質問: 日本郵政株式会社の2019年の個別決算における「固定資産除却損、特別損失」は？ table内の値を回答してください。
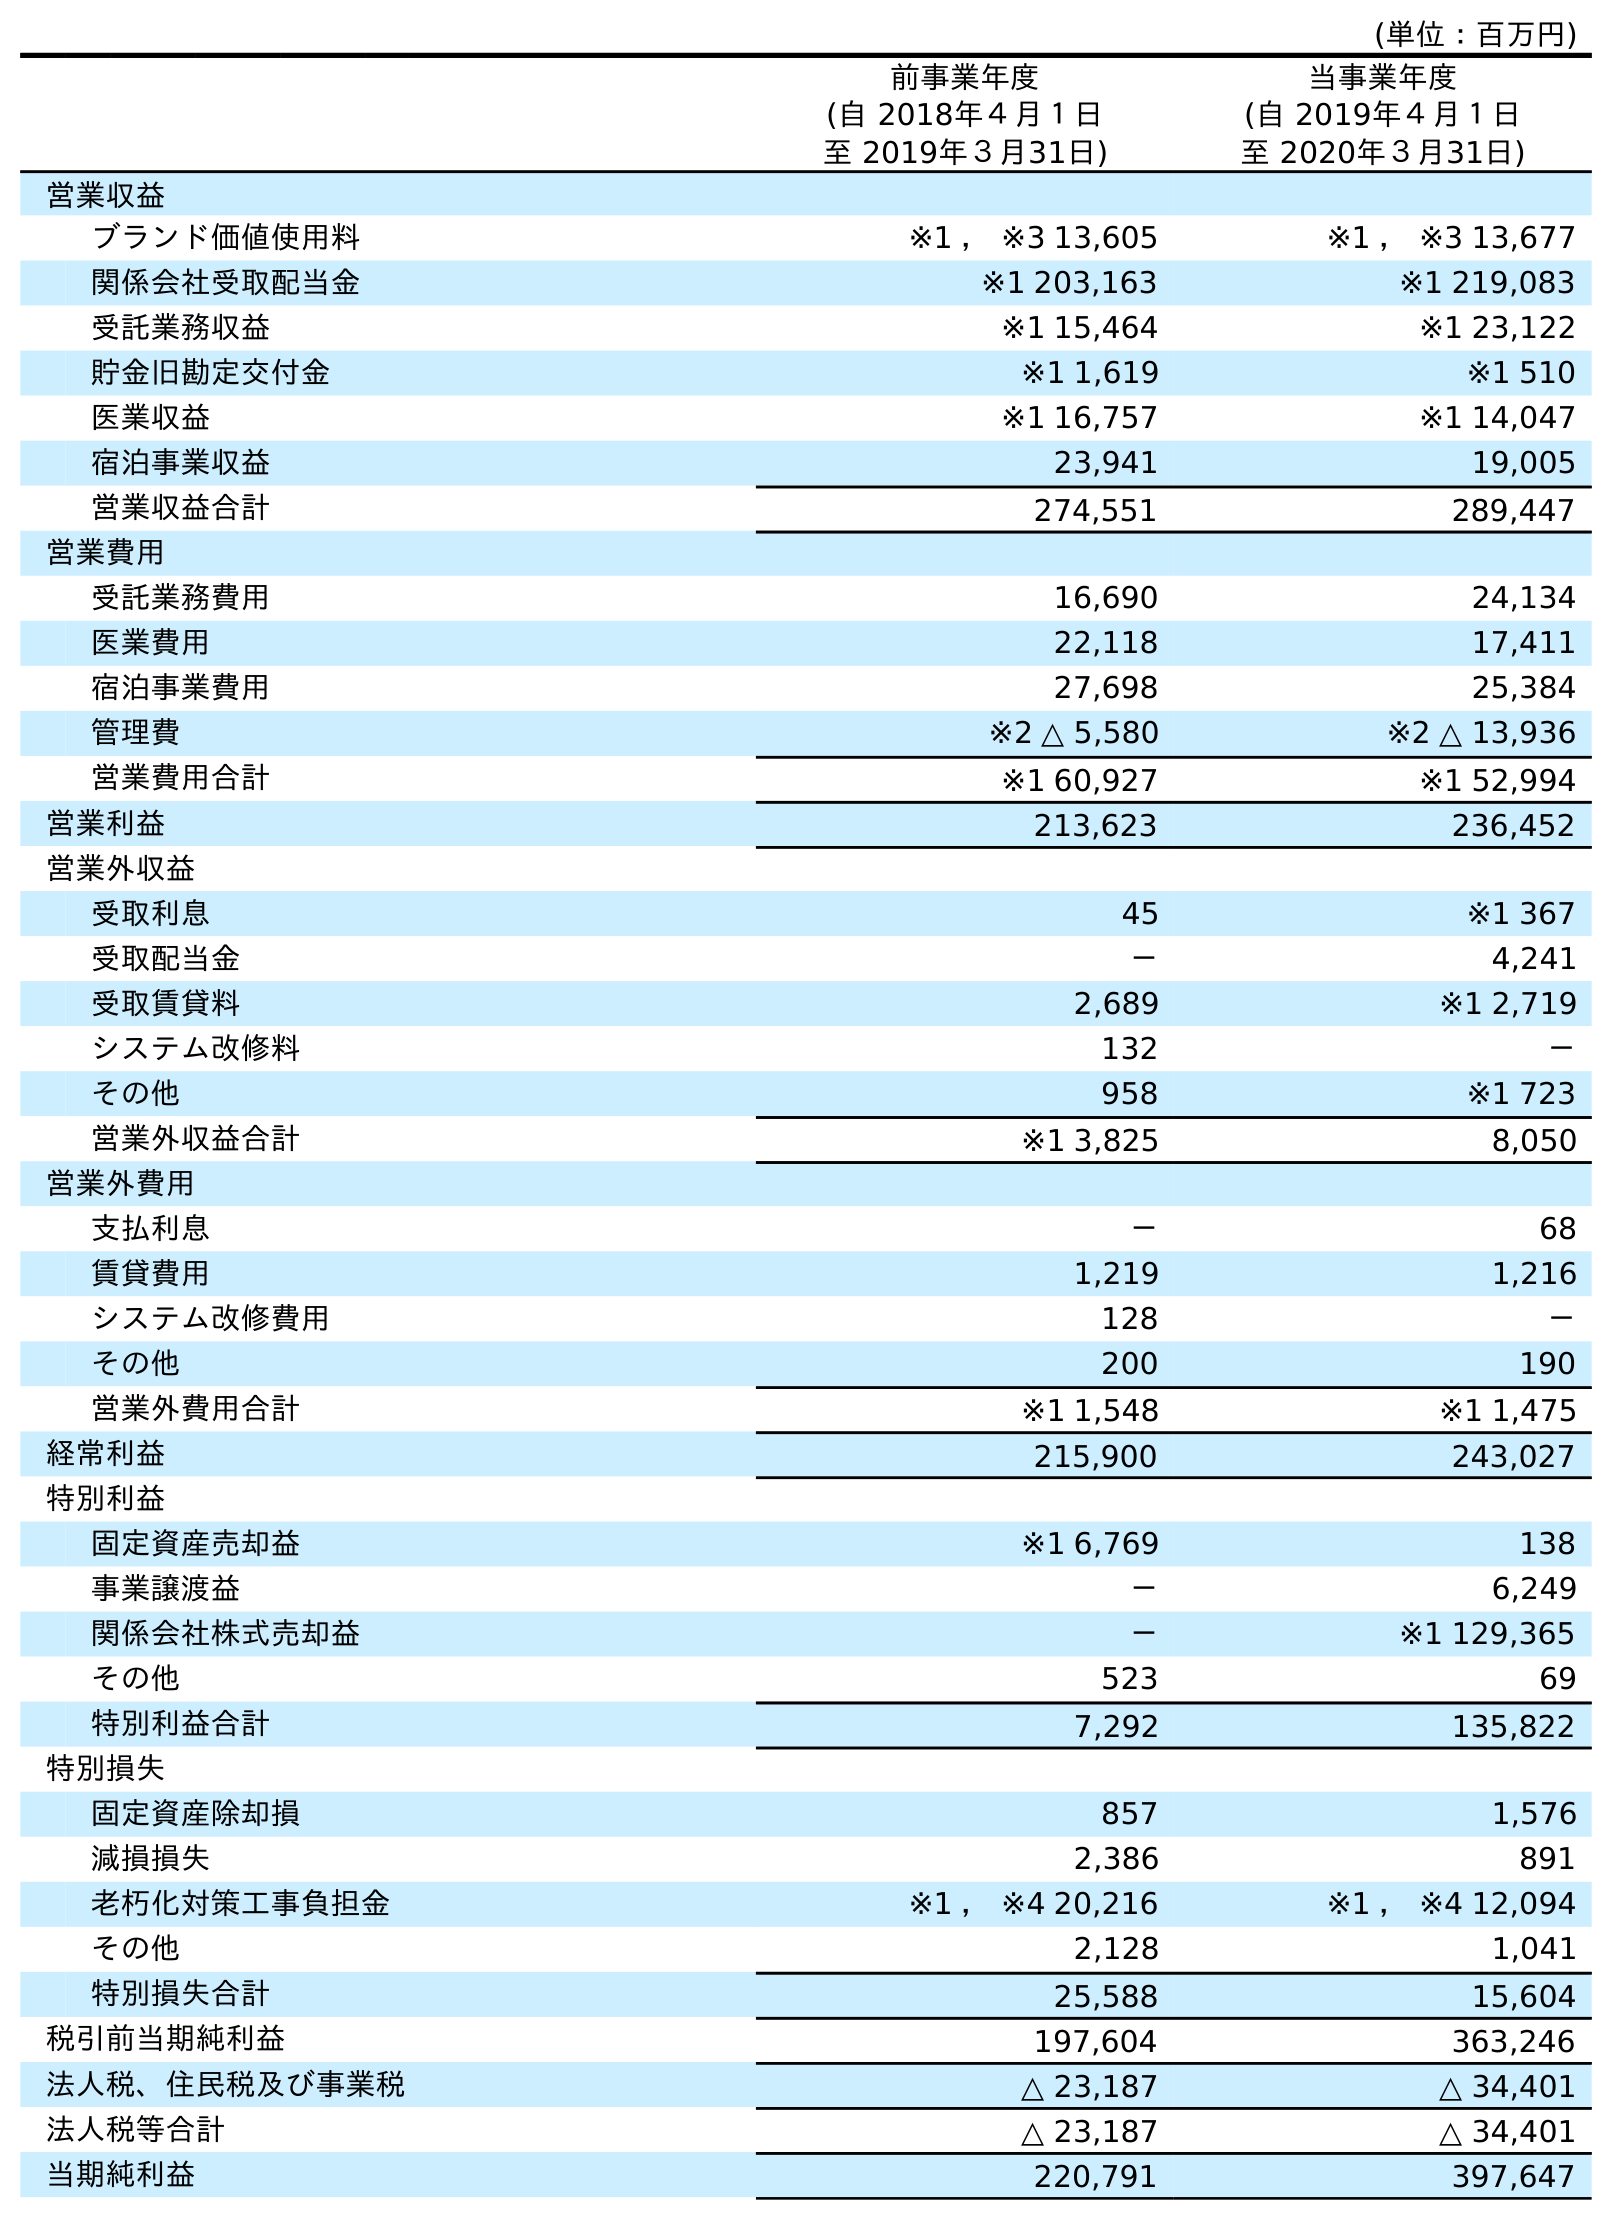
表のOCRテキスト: (単位：百万円) 前事業年度 (自 2018年４月１日 至 2019年３月31日) 当事業年度 (自 2019年４月１日 至 2020年３月31日) 営業収益 ブランド価値使用料 ※1 ， ※3 13,605 ※1 ， ※3 13,677 関係会社受取配当金 ※1 203,163 ※1 219,083 受託業務収益 ※1 15,464 ※1 23,122 貯金旧勘定交付金 ※1 1,619 ※1 510 医業収益 ※1 16,757 ※1 14,047 宿泊事業収益 23,941 19,005 営業収益合計 274,551 289,447 営業費用 受託業務費用 16,690 24,134 医業費用 22,118 17,411 宿泊事業費用 27,698 25,384 管理費 ※2 △ 5,580 ※2 △ 13,936 営業費用合計 ※1 60,927 ※1 52,994 営業利益 213,623 236,452 営業外収益 受取利息 45 ※1 367 受取配当金 － 4,241 受取賃貸料 2,689 ※1 2,719 システム改修料 132 － その他 958 ※1 723 営業外収益合計 ※1 3,825 8,050 営業外費用 支払利息 － 68 賃貸費用 1,219 1,216 システム改修費用 128 － その他 200 190 営業外費用合計 ※1 1,548 ※1 1,475 経常利益 215,900 243,027 特別利益 固定資産売却益 ※1 6,769 138 事業譲渡益 － 6,249 関係会社株式売却益 － ※1 129,365 その他 523 69 特別利益合計 7,292 135,822 特別損失 固定資産除却損 857 1,576 減損損失 2,386 891 老朽化対策工事負担金 ※1 ， ※4 20,216 ※1 ， ※4 12,094 その他 2,128 1,041 特別損失合計 25,588 15,604 税引前当期純利益 197,604 363,246 法人税、住民税及び事業税 △ 23,187 △ 34,401 法人税等合計 △ 23,187 △ 34,401 当期純利益 220,791 397,647
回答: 857